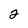
Character: 2